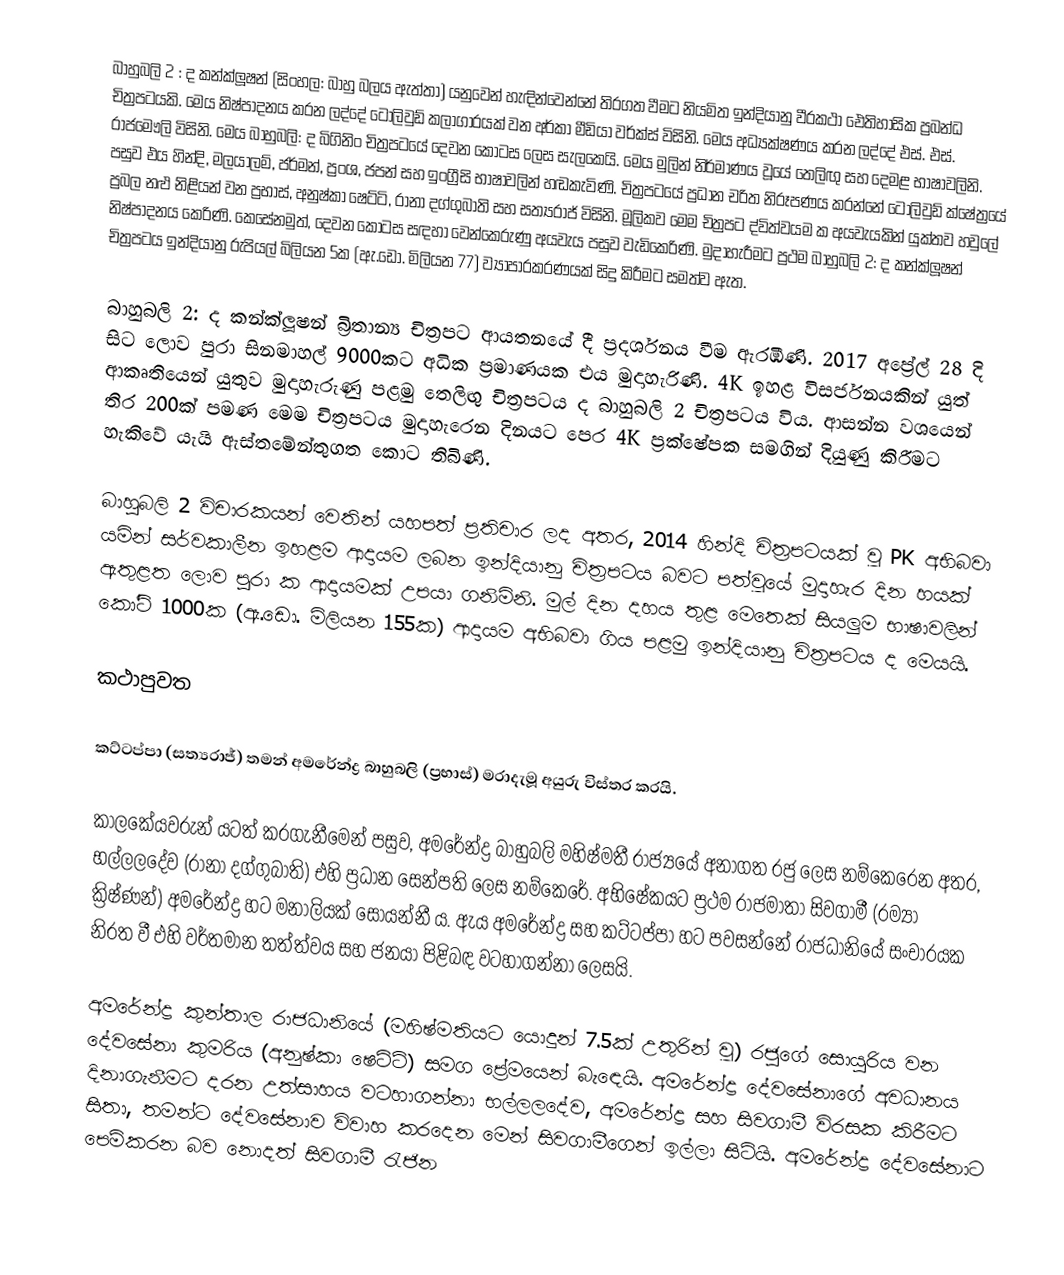
බාහුබලි 2 : ද කන්ක්ලූෂන් (සිංහල: බාහු බලය ඇත්තා) යනුවෙන් හැඳින්වෙන්නේ තිරගත වීමට නියමිත ඉන්දියානු වීරකථා ඓතිහාසික ප්‍රබන්ධ චිත්‍රපටයකි. මෙය නිෂ්පාදනය කරන ලද්දේ ටොලිවුඩ් කලාගාරයක් වන අර්කා මීඩියා වර්ක්ස් විසිනි. මෙය අධ්‍යක්ෂණය කරන ලද්දේ එස්. එස්. රාජමෞලි විසිනි. ‍මෙය බාහුබලි: ද බිගිනිං චිත්‍රපටයේ දෙවන කොටස ලෙස සැලකෙයි. මෙය මුලින් නිර්මාණය වූයේ තෙලිඟු සහ දෙමළ භාෂාවලිනි. පසුව එය හින්දි, මලයාලම්, ජර්මන්, ප්‍රංශ, ජපන් සහ ඉංග්‍රීසි භාෂාවලින් හඬකැවිණි. චිත්‍රපටයේ ප්‍රධාන චරිත නිරූපණය කරන්නේ ටොලිවුඩ් ක්ෂේත්‍රයේ ප්‍රබල නළු නිළියන් වන ප්‍රභාස්, අනුෂ්කා ෂෙට්ටි, රානා දග්ගුබාති සහ සත්‍යරාජ් විසිනි. මූලිකව මෙම චිත්‍රපට ද්විත්වයම ක අයවැයකින් යුක්තව හවුලේ නිෂ්පාදනය කෙරිණි. කෙසේනමුත්, දෙවන කොටස සඳහා වෙන්කෙරුණු අයවැය පසුව වැඩිකෙරිණි. මුදාහැරීමට ප්‍රථම බාහුබලි 2: ද කන්ක්ලූෂන් චිත්‍රපටය ඉන්දියානු රුපියල් බිලියන 5ක (ඇ.ඩො. මිලියන 77) ව්‍යාපාරකරණයක් සිදු කිරීමට සමත්ව ඇත.

බාහුබලි 2: ද කන්ක්ලූෂන් බ්‍රිතාන්‍ය චිත්‍රපට ආයතනයේ දී ප්‍රදර්ශනය වීම ඇරඹිණි. 2017 අප්‍රේල් 28 දි සිට ලොව පුරා සිනමාහල් 9000කට අධික ප්‍රමාණයක එය මුදාහැරිණි. 4K ඉහළ විසර්ජනයකින් යුත් ආකෘතියෙන් යුතුව මුදාහැරුණු පළමු තෙලිඟු චිත්‍රපටය ද බාහුබලි 2 චිත්‍රපටය විය. ආසන්න වශයෙන් තිර 200ක් පමණ මෙම චිත්‍රපටය මුදාහැරෙන දිනයට පෙර 4K ප්‍රක්ෂේපක සමගින් දියුණු කිරීමට හැකිවේ යැයි ඇස්තමේන්තුගත කොට තිබිණි.

බාහුබලි 2 විචාරකයන් වෙතින් යහපත් ප්‍රතිචාර ලද අතර, 2014 හින්දි චිත්‍රපටයක් වූ PK අභිබවා යමින් සර්වකාලීන ඉහළම ආදායම ලබන ඉන්දියානු චිත්‍රපටය බවට පත්වූයේ මුදාහැර දින හයක් ඇතුළත ලොව පුරා ක ආදායමක් උපයා ගනිමිනි. මුල් දින දහය තුළ මෙතෙක් සියලුම භාෂාවලින්  කෝටි 1000ක  (ඇ.ඩො. මිලියන 155ක) ආදායම අභිබවා ගිය පළමු ඉන්දියානු චිත්‍රපටය ද මෙයයි.

කථාපුවත

කට්ටප්පා (සත්‍යරාජ්) තමන් අමරේන්ද්‍ර බාහුබලි (ප්‍රභාස්) මරාදැමූ අයුරු විස්තර කරයි.

කාලකේයවරුන් යටත් කරගැනීමෙන් පසුව, අමරේන්ද්‍ර බාහුබලි මහිෂ්මතී රාජ්‍යයේ අනාගත රජු ලෙස නම්කෙරෙන අතර, භල්ලලදේව (රානා දග්ගුබාති) එහි ප්‍රධාන සෙන්පති ලෙස නම්කෙරේ. අභිෂේකයට ප්‍රථම රාජමාතා සිවගාමී (රම්‍යා ක්‍රිෂ්ණන්) අමරේන්ද්‍ර හට මනාලියක් සොයන්නී ය. ඇය අමරේන්ද්‍ර සහ කට්ටප්පා හට පවසන්නේ රාජධානියේ සංචාරයක නිරත වී එහි වර්තමාන තත්ත්වය සහ ජනයා පිළිබඳ වටහාගන්නා ලෙසයි.

අමරේන්ද්‍ර කුන්තාල රාජධානියේ (මහිෂ්මතියට යොදුන් 7.5ක් උතුරින් වූ) රජුගේ සොයුරිය වන දේවසේනා කුමරිය (අනුෂ්කා ෂෙට්ටි) සමග ප්‍රේමයෙන් බැ‍ඳෙයි. අමරේන්ද්‍ර දේවසේනාගේ අවධානය දිනාගැනීමට දරන උත්සාහය වටහාගන්නා භල්ලලදේව, අමරේන්ද්‍ර සහ සිවගාමී විරසක කිරීමට සිතා, තමන්ට ‍දේවසේනාව විවාහ කරදෙන මෙන් සිවගාමීගෙන් ඉල්ලා සිටියි. අමරේන්ද්‍ර දේවසේනාට පෙම්කරන බව නොදත් සිවගාමී රැජින